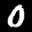
Label: 0